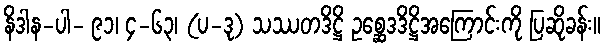
နိဒါန-ပါ- ၉၁၊ ၄-၆၃၊ (ပ-ဒု) သဿတဒိဋ္ဌိ ဥစ္ဆေဒဒိဋ္ဌိအကြောင်းကို ပြဆိုခန်း။